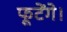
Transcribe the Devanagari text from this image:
फूटेंगे।